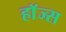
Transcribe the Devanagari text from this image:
हाॅज्स